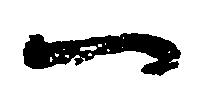
一